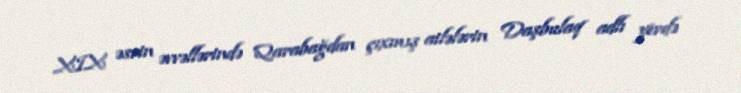
XIX əsrin əvvəllərində Qarabağdan çıxmış ailələrin Daşbulaq adlı yerdə